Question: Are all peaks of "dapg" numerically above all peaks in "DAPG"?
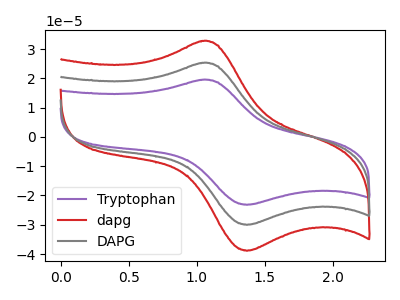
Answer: <think>The purple curve "Tryptophan" has an anodic peak at (1.05V, 50.55uA) and a cathodic peak at (1.35V, -60.00uA). The red curve "dapg" has an anodic peak at (1.05V, 32.75uA) and a cathodic peak at (1.35V, -38.85uA). The gray curve "DAPG" has an anodic peak at (1.05V, 25.30uA) and a cathodic peak at (1.35V, -30.00uA).</think>
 <answer>Every peak in "dapg" is higher than every peak in "DAPG".</answer>
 <eval>higher</eval>